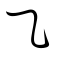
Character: ㇈